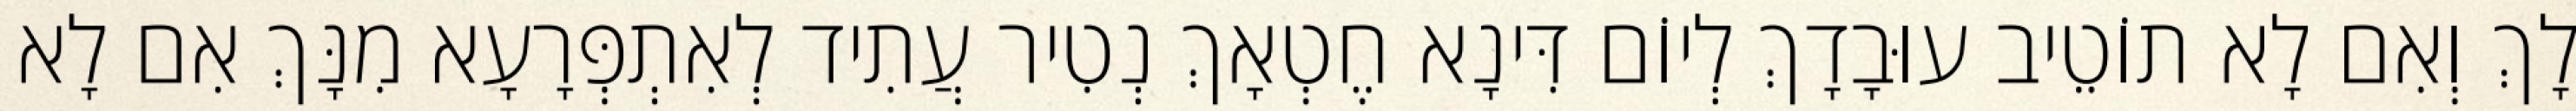
לָךְ וְאִם לָא תוֹטֵיב עוּבָדָךְ לְיוֹם דִּינָא חֶטְאָךְ נְטִיר עֲתִיד לְאִתְפְּרָעָא מִנָּךְ אִם לָא